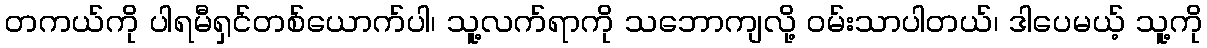
တကယ်ကို ပါရမီရှင်တစ်ယောက်ပါ၊ သူ့လက်ရာကို သဘောကျလို့ ဝမ်းသာပါတယ်၊ ဒါပေမယ့် သူ့ကို